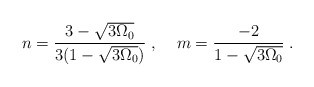
\begin{align*}n = \frac{3 - \sqrt{3 \Omega_0}}{3 (1 - \sqrt{3 \Omega_0})} \; , \; \; \; \; m = \frac{- 2}{1 - \sqrt{3 \Omega_0}} \; .\end{align*}